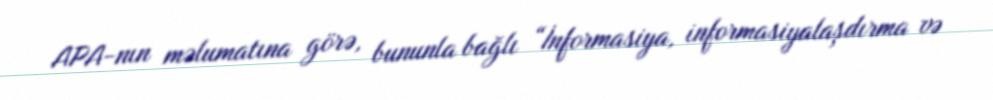
APA-nın məlumatına görə, bununla bağlı “İnformasiya, informasiyalaşdırma və